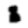
Digit: 8